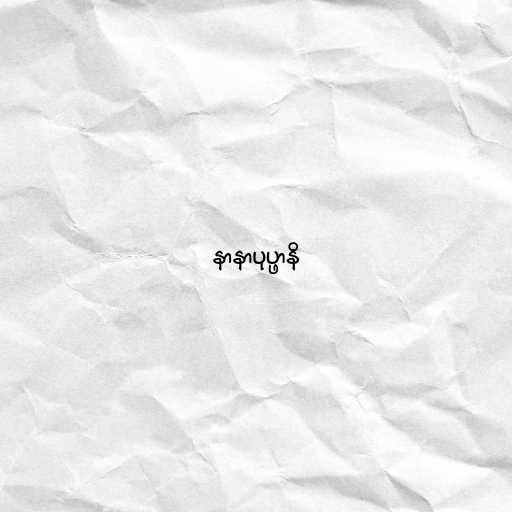
နာနာပုပ္ဖာနိ